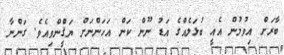
ބާރަށް އިވުމުން އެއީ ބުޅަލެއްގެ އަޑު ނޫން ކަން އަހަންނަށް ޔަޤްީންވިއެވެ. ގަންނާ